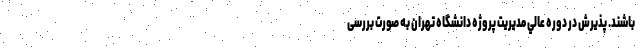
باشند. پذیرش در دوره عالي مديريت پروژه دانشگاه تهران به صورت بررسی